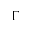
\Gamma